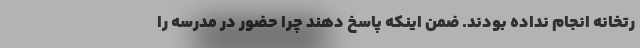
رتخانه انجام نداده بودند. ضمن اینکه پاسخ دهند چرا حضور در مدرسه را